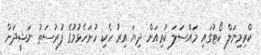
ކްރިމިނަލް ކޯޓުގައި މައްސަލަ ކުރިއަށް ދިޔަ އިރު ހެކި ހުށަހެޅުމުގެ ފުރުސަތު ނަޝީދަށް